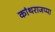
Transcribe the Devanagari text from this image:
कांथराजप्पा